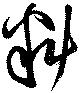
料